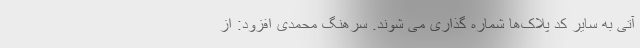
آتی به سایر کد پلاک‌ها شماره گذاری می شوند. سرهنگ محمدی افزود: از